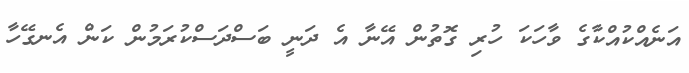
އަނެއްކުއްކާގެ ވާހަކަ ހުރި ގޮތުން އޭނާ އެ ދަނީ ބަސްދަސްކުރަމުން ކަން އެނގޭހާ